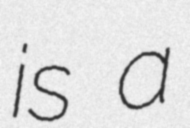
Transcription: is a